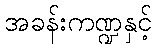
အခန်းကဏ္ဍနှင့်